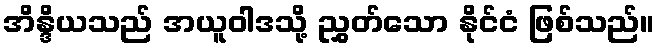
အိန္ဒိယသည် အယူဝါဒသို့ ညွှတ်သော နိုင်ငံ ဖြစ်သည်။